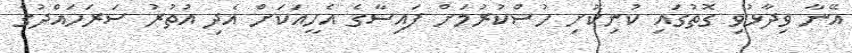
އޭނާ ވިދާޅުވި ގޮތުގައި ކުނިކޮށި ހުސްކުރުމަށް ފައިސާގެ އެހީއަކަށް އެދި އުތުރު ސަރަހައްދުގެ